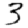
Digit: 3